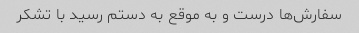
سفارش‌ها درست و به موقع به دستم رسید با تشکر